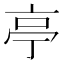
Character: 亭